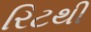
રિટથી